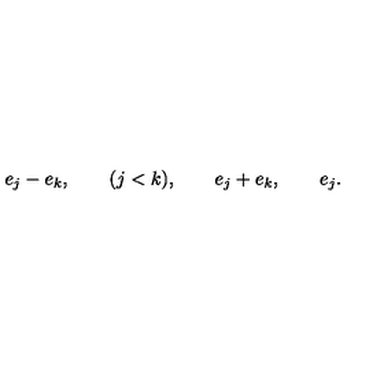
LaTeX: e _ { j } - e _ { k } , \qquad ( j < k ) , \qquad e _ { j } + e _ { k } , \qquad e _ { j } .